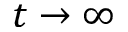
t \rightarrow \infty